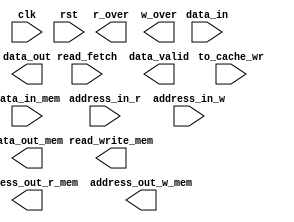
`timescale 1ns / 1ps
//////////////////////////////////////////////////////////////////////////////////
// Company: 
// 
// Design Name: 
// Module Name: cache
// Project Name: ADS project
// Target Devices: 
// Tool Versions: 
// Description: 
// 
// Dependencies: 
// 
// Revision:
// Revision 0.01 - File Created
// Additional Comments:
// 
//////////////////////////////////////////////////////////////////////////////////


module cache
#(
//---------------------------------------------------------------------------------------------------------------------
// parameter definitions
parameter Mem_Address_Width = 24,
parameter Mem_Word_Size = 64,
parameter Words_per_Read = 4
//---------------------------------------------------------------------------------------------------------------------
)(
//---------------------------------------------------------------------------------------------------------------------
input  clk,
input  rst,

// I/O signals - interfacing with SIMD
//Memory Read operations
input read_fetch, //read-1, prefetch-0.
input [(Mem_Address_Width*Words_per_Read-1):0] address_in_r, //.
output reg [(Mem_Word_Size*Words_per_Read-1):0] data_out, //.
output reg data_valid, //Signal to indicate data validity.
output reg r_over, //Signal to indicate operation read/fetch is over.
//Memory Write operation
input to_cache_wr, //0-write to memory directly, 1-replace cache and write to memory.
input [Mem_Word_Size-1:0] data_in, //.
input [Mem_Address_Width-1:0] address_in_w, //. 
output reg w_over, //Signal to indicate write operation is over.

// I/O signals - interfacing with main memory
input [(Mem_Word_Size*Words_per_Read-1):0] data_in_mem,
output reg read_write_mem,
output reg [(Mem_Address_Width*Words_per_Read-1):0] address_out_r_mem,
output reg [(Mem_Address_Width-1):0] address_out_w_mem,
output reg [Mem_Word_Size-1:0] data_out_mem
//---------------------------------------------------------------------------------------------------------------------

);

//---------------------------------------------------------------------------------------------------------------------
// Global constant headers
//---------------------------------------------------------------------------------------------------------------------

//---------------------------------------------------------------------------------------------------------------------
// localparam definitions

localparam Cache_line_size = Mem_Word_Size;
localparam N_sets = 1024;
localparam N_ways = 8;

//---------------------------------------------------------------------------------------------------------------------

//---------------------------------------------------------------------------------------------------------------------
// Internal wires and registers
reg [2 : 0] state = 0; // 0-decision, 1-read1, 2-read2, 3-write, 4-idle.

reg [3:0] master1_split_status = 0; //slave4, slave3, slave2, slave1.
reg [3:0] master2_split_status = 0; //slave4, slave3, slave2, slave1.
reg [3:0] master3_split_status = 0; //slave4, slave3, slave2, slave1.
reg [3:0] master4_split_status = 0; //slave4, slave3, slave2, slave1.

reg [3:0] temp1 = 0;
reg [3:0] temp2 = 0;
reg [3:0] temp3 = 0;
reg [3:0] temp4 = 0;

reg [3:0] temp5 = 0;
reg [3:0] temp6 = 0;
reg [3:0] temp7 = 0;
reg [3:0] temp8 = 0;

//---------------------------------------------------------------------------------------------------------------------

//---------------------------------------------------------------------------------------------------------------------
// Implementation


always @(posedge  clk) begin
	

end // always @(posedge  clk)
//---------------------------------------------------------------------------------------------------------------------

endmodule